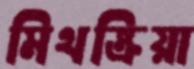
মিথষ্ক্রিয়া